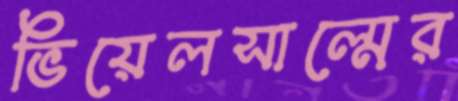
ভিয়েলসাল্মের